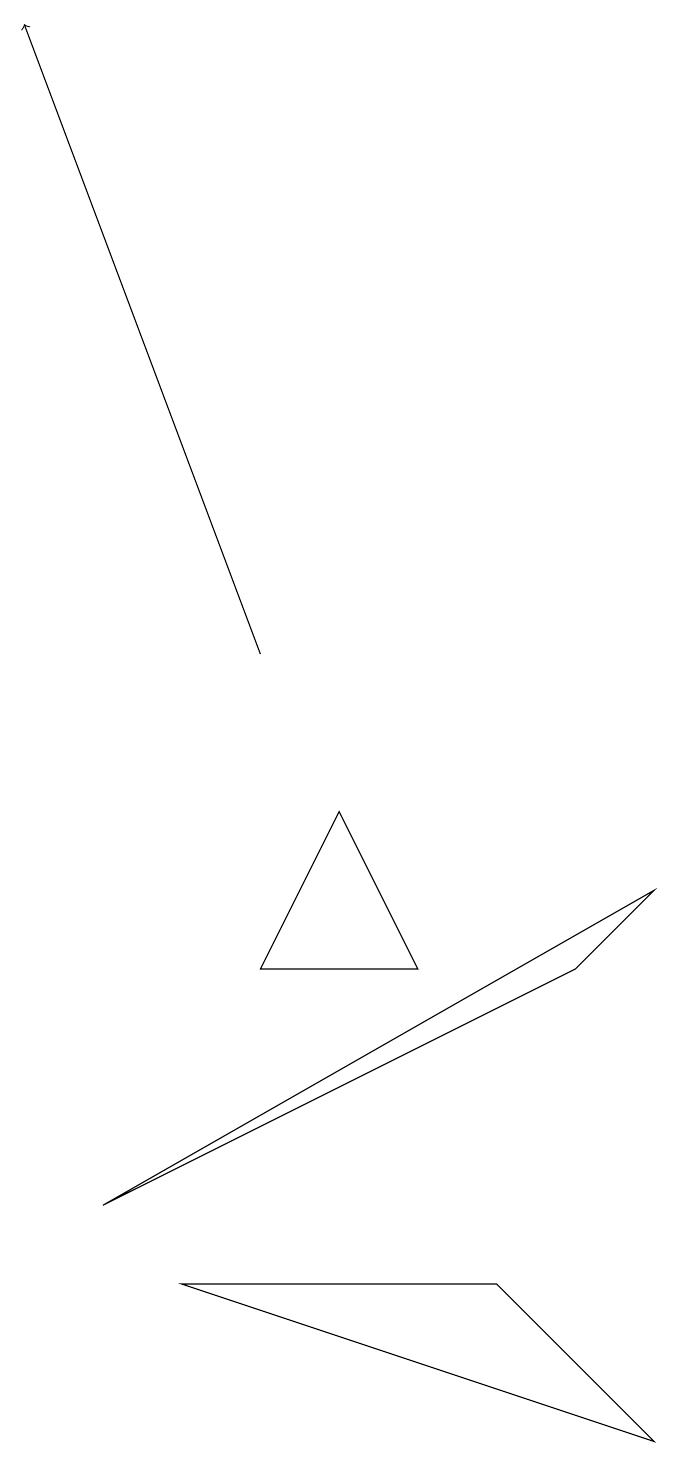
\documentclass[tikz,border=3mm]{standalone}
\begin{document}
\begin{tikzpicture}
\draw (6,7) -- (4,7) -- (5,9) -- cycle;
\draw (2,4) -- (9,8) -- (8,7) -- cycle;
\draw[->] (4,11) -- (1,19);
\draw (9,1) -- (7,3) -- (3,3) -- cycle;
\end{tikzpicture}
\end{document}